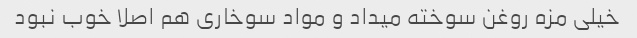
خیلی مزه روغن سوخته میداد و مواد سوخاری هم اصلا خوب نبود